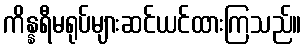
ကိန္နရီမရုပ်များဆင်ယင်ထားကြသည်။